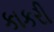
કાકરી